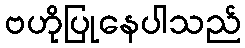
ဗဟိုပြုနေပါသည်